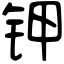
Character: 钾